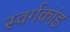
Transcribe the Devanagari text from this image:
स्वर्गकांड